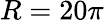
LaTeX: R=20\pi